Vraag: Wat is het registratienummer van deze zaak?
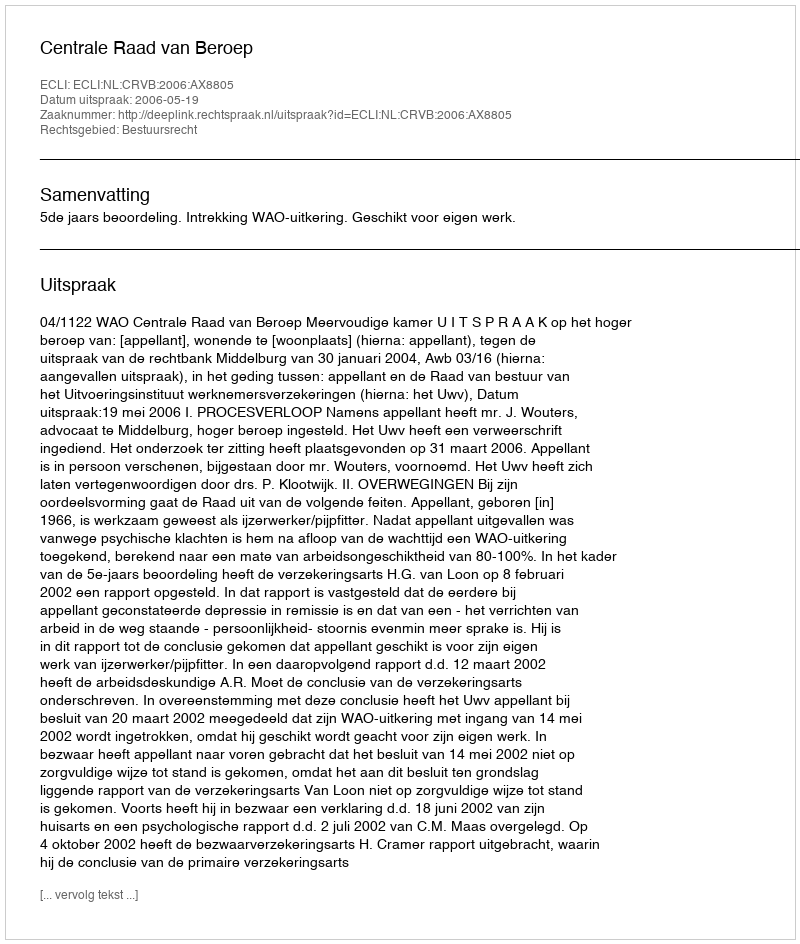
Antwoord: http://deeplink.rechtspraak.nl/uitspraak?id=ECLI:NL:CRVB:2006:AX8805